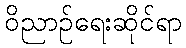
ဝိညာဉ်ရေးဆိုင်ရာ